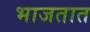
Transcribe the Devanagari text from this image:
भाजतात